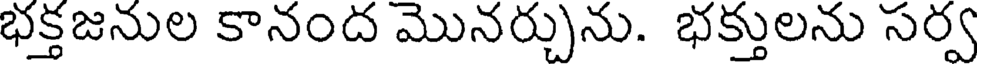
భక్తజనుల కానంద మొనర్చును. భక్తులను సర్వ